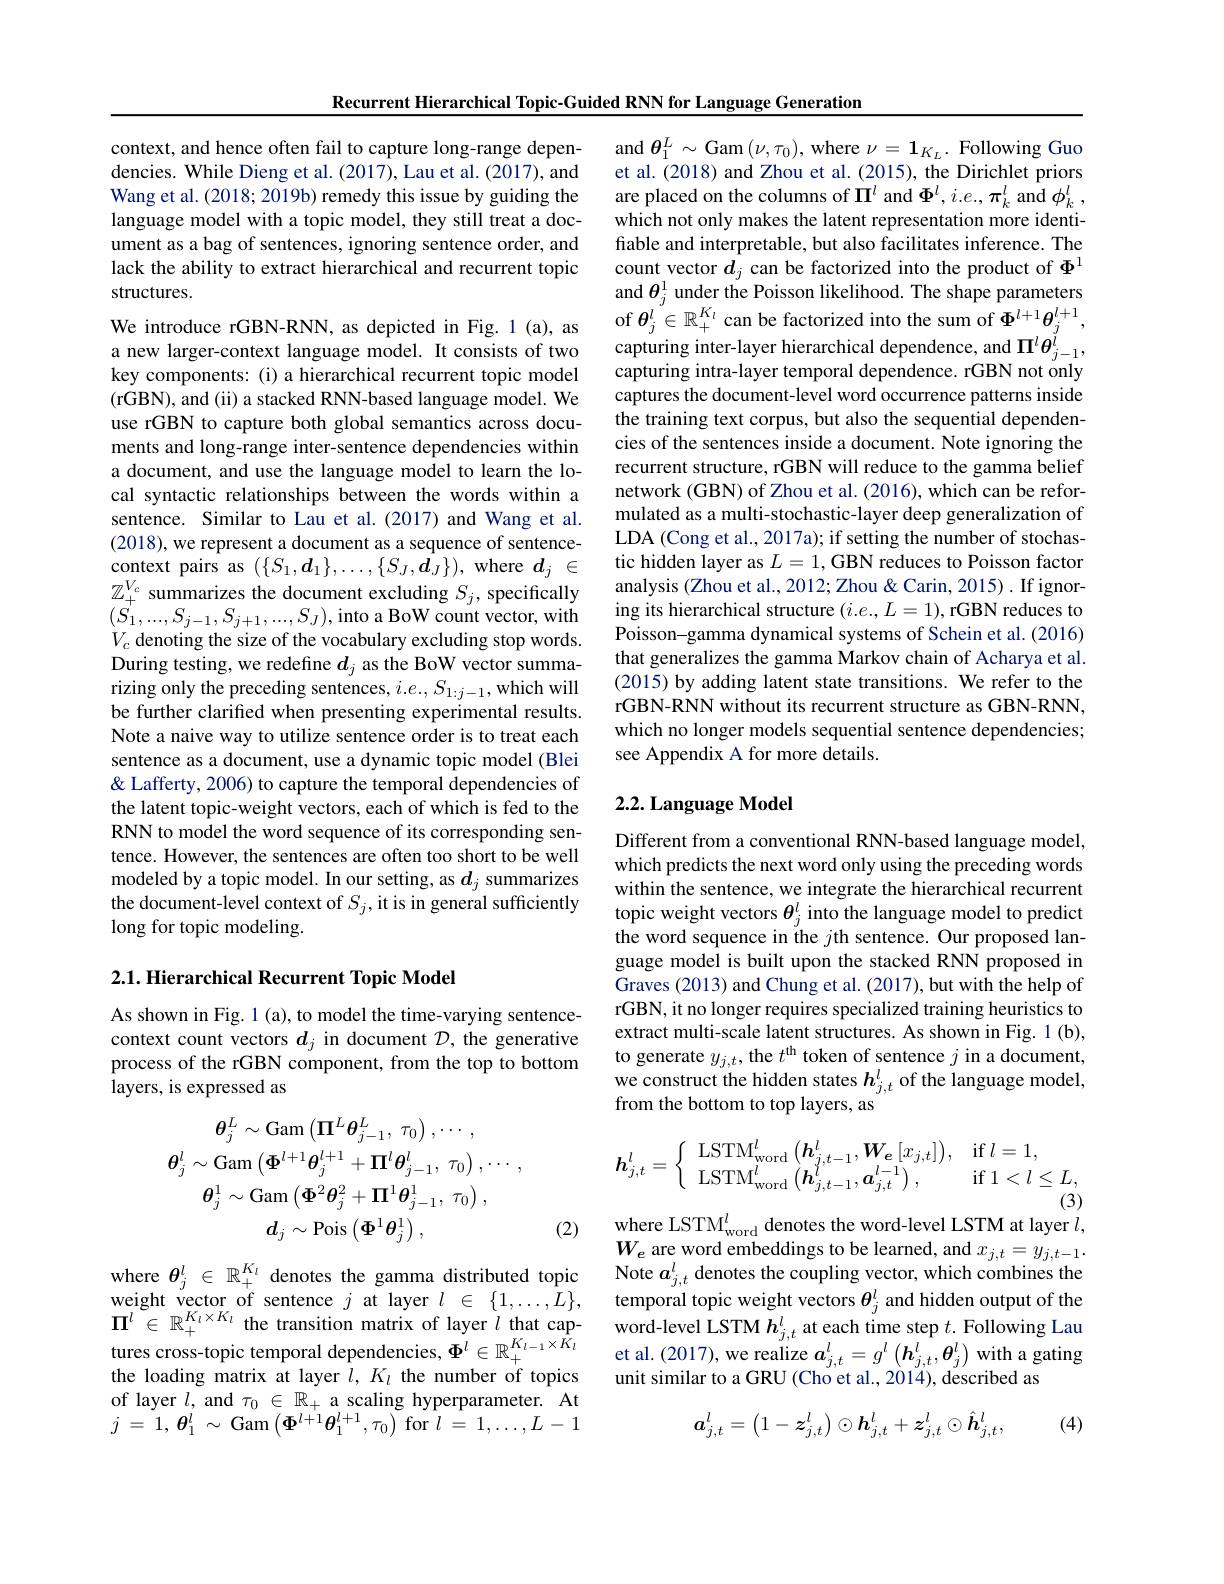
Recurrent Hierarchical Topic-Guided RNN for Language Generation

context, and hence often fail to capture long-range dependencies. While Dieng et al. (2017), Lau et al. (2017), and Wang et al. (2018; 2019b) remedy this issue by guiding the language model with a topic model, they still treat a document as a bag of sentences, ignoring sentence order, and lack the ability to extract hierarchical and recurrent topic structures.

We introduce rGBN-RNN, as depicted in Fig. 1 (a), as a new larger-context language model. It consists of two key components: (i) a hierarchical recurrent topic model (rGBN), and (ii) a stacked RNN-based language model. We use rGBN to capture both global semantics across documents and long-range inter-sentence dependencies within a document, and use the language model to learn the local syntactic relationships between the wordswithin a sentence. Similar to Lau et al.(2017) and Wang et al. (2018), we represent a document as a sequence of sentence- $(S_{1}^{'},...,S_{j-1},S_{j+1},...,S_{J})$,into a BoW count vector, with $V_c$ denoting the size of the vocabulary excluding stop words. During testing, we redefine $d_j$ as the BoW vector summarizing only the preceding sentences, $i.e.,S_{1:j-1}$, which will be further clarified when presenting experimental results. Note a naive way to utilize sentence order is to treat each sentence as a document, use a dynamic topic model (Blei & Lafferty, 2006) to capture the temporal dependencies of the latent topic-weight vectors, each of which is fed to the RNN to model the word sequence of its corresponding sentence. However, the sentences are often too short to be well modeled by a topic model. In our setting, as $d_j$ summarizes the document-level context of $S_j$,it is in general sufficiently long for topic modeling.

2.1. Hierarchical Recurrent Topic Model

As shown in Fig. 1 (a), to model the time-varying sentencecontext count vectors $d_j$ in document $\mathcal{D}$, the generative process of the rGBN component, from the top to bottom layers, is expressed as
$$\theta_{j}^{L}\sim\mathrm{Gam}\left(\Pi^{L}\theta_{j-1}^{L},\:\tau_{0}\right),\cdots,\\\theta_{j}^{l}\sim\mathrm{Gam}\left(\Phi^{l+1}\theta_{j}^{l+1}+\Pi^{l}\theta_{j-1}^{l},\:\tau_{0}\right),\cdots,\\\theta_{j}^{1}\sim\mathrm{Gam}\left(\Phi^{2}\theta_{j}^{2}+\Pi^{1}\theta_{j-1}^{1},\:\tau_{0}\right),\\d_{j}\sim\mathrm{Pois}\left(\Phi^{1}\theta_{j}^{1}\right),$$
(2)

where $\theta_j^l\in\mathbb{R}_+^{K_l}$ denotes the gamma distributed topic tures cross-topic temporal dependencies, $\Phi^l\in\mathbb{R}_+^{K_{l-1}\times K_l}$ the loading matrix at layer $l,K_l$ the number of topics of layer $l$, and $\tau_0\in\mathbb{R}_+$ a scaling hyperparameter. At $j$ = 1, $\boldsymbol{\theta }_{1}^{i}$ $\sim$ Gam$\left(\boldsymbol\Phi^{l+1}\boldsymbol{\theta}_{1}^{l+1},\tau_{0}\right)$for$l$ = $1, \ldots , L- 1$

and $\theta_1^L\sim$ Gam $(\nu,\tau_0)$, where $\nu=1_K_L.$ Following Guo et al. (2018) and Zhou et al. (2015), the Dirichlet priors are placed on the columns of $\Pi^l$ and $\Phi^l,i.e.,\pi_k^l$ and $\phi_k^l$, which not only makes the latent representation more identifiable and interpretable, but also facilitates inference. The count vector $d_j$ can be factorized into the product of $\Phi^{1}$ and $\boldsymbol{\theta }_{j}^{1}$ under the Poisson likelihood. The shape parameters of $\boldsymbol{\theta }_{j}^{l}\in \mathbb{R} _{+ }^{K_{l}}$ can be factorized into the sum of $\boldsymbol{\Phi }^{l+ 1}\boldsymbol{\theta }_{j}^{l+ 1}$, capturing inter-layer hierarchical dependence, and $\Pi^l\boldsymbol{\theta}_{j-1}^l$, capturing intra-layer temporal dependence. rGBN not only captures the document-level word occurrence patterns inside the training text corpus, but also the sequential dependencies of the sentences inside a document. Note ignoring the recurrent structure, rGBN will reduce to the gamma belief network (GBN) of Zhou et al. (2016), which can be reformulated as a multi-stochastic-layer deep generalization of LDA (Cong et al., 2017a); if setting the number of stochastic hidden layer as $L=1$, GBN reduces to Poisson factor
context pairs as $(\{S_1,d_1\},\ldots,\{S_J,d_J\})$, where $d_j\in$ tic hidden layer as $L=1$,GBN reduces to Poisson factor$\mathbb{Z}_+^{V_c}$ summarizes the document excluding $S_j$, specifically analysis (Zhou et al.2012; Zhou &Carin,2015).If ignor-
ing its hierarchical structure $(i.e.,L=1)$, rGBN reduces to Poisson-gamma dynamical systems of Schein et al. (2016) that generalizes the gamma Markov chain of Acharya et al. (2015) by adding latent state transitions. We refer to the rGBN-RNN without its recurrent structure as GBN-RNN, which no longer models sequential sentence dependencies; see Appendix A for more details.

## 2.2. Language Model

Different from a conventional RNN-based language model, which predicts the next word only using the preceding words within the sentence, we integrate the hierarchical recurrent topic weight vectors $\theta_j^l$ into the language model to predict the word sequence in the $j$th sentence. Our proposed language model is built upon the stacked RNN proposed in Graves (2013) and Chung et al. (2017), but with the help of rGBN, it no longer requires specialized training heuristics to extract multi-scale latent structures. As shown in Fig. 1 (b), to generate $y_j,t$, the $t^\mathrm{th}$ token of sentence $j$ in a document, we construct the hidden states $h_j,t^l$ of the language model, from the bottom to top layers, as
$$\boldsymbol{h}_{j,t}^{l}=\left\{\begin{array}{ll}\mathrm{LSTM}_{\mathrm{word}}^{l}\left(\boldsymbol{h}_{j,t-1}^{l},\boldsymbol{W}_{\boldsymbol{e}}\left[x_{j,t}\right]\right),&\mathrm{if}\:l=1,\\\mathrm{LSTM}_{\mathrm{word}}^{l}\left(\boldsymbol{h}_{j,t-1}^{l},\boldsymbol{a}_{j,t}^{l-1}\right),&\mathrm{if}\:1<l\leq L,\\\end{array}\right.$$
where LSTM$_\mathrm{word}^l$ denotes the word-level LSTM at layer $l$,

$W_{e}$ are word embeddings to be learned, and $x_j,t=y_{j,t-1}.$ Note $a_j,t^l$ denotes the coupling vector, which combines the
$\begin{array}{cc}\text{weight vector of sentence }j\text{ at layer }l\in\{1,\ldots,L\},&\text{temporal topic weight vectors }\boldsymbol{\theta}_j^l\text{ and hidden output of the}\\\Pi^l\in\mathbb{R}_+^{K_l\times K_l}\text{ the transition matrix of layer }l\text{ that cap-}&\text{word-level LSTM }h_{j,t}^l\text{ at each time step }t.\text{Following}\end{array}$
et al. (2017), we realize $a_j,t^l=g^l\left(\boldsymbol{h}_{j,t}^l,\boldsymbol{\theta}_j^l\right)$ with a gating
unit similar to a GRU (Cho et al., 2014), described as
$$\boldsymbol{a}_{j,t}^l=\begin{pmatrix}1-\boldsymbol{z}_{j,t}^l\end{pmatrix}\odot\boldsymbol{h}_{j,t}^l+\boldsymbol{z}_{j,t}^l\odot\hat{\boldsymbol{h}}_{j,t}^l,$$
(4)